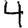
Digit: 4